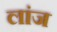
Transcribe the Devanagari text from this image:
लांज